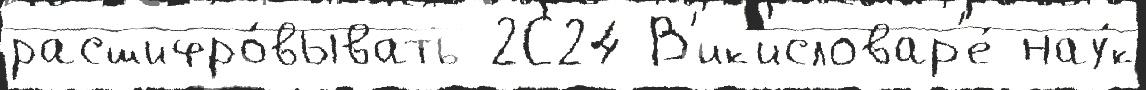
расшифро́вывать 2С24 В'ик'исловар'е́ нау́к